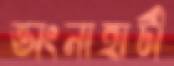
ভাংনাহাটী